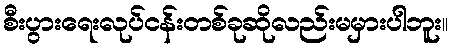
စီးပွားရေးလုပ်ငန်းတစ်ခုဆိုလည်းမမှားပါဘူး။